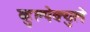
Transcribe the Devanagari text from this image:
व्हुल्पेक्युले